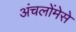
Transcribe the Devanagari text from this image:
अंचलोंमेसे